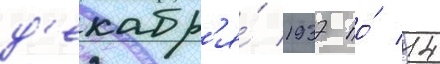
д'екабр'я́ 1937 по́ 14